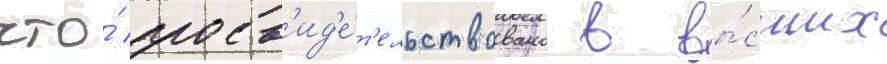
что́ засв'ид'е́т'ельствовано в вы́сших